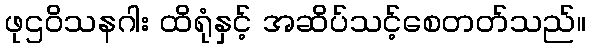
ဖုဌဝိသနဂါး ထိရုံနှင့် အဆိပ်သင့်စေတတ်သည်။